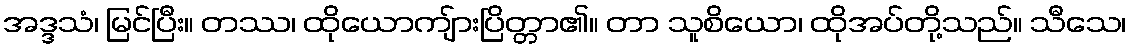
အဒ္ဒသံ၊ မြင်ပြီး။ တဿ၊ ထိုယောကျ်ားပြိတ္တာ၏။ တာ သူစိယော၊ ထိုအပ်တို့သည်။ သီသေ၊